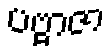
ပဗ္ဗာဇာ